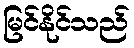
မြင်နိုင်သည်